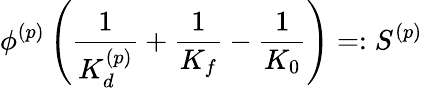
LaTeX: \phi^{(p)}\left(\frac{1}{K_{d}^{(p)}}+\frac{1}{K_{f}}-\frac{1}{K_{0}}\right)=:S^{(p)}